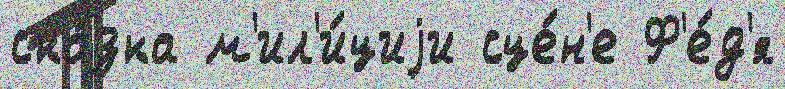
ска́зка м'ил'и́циjи сце́н'е Ф'е́д'я